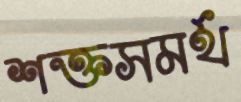
শক্তসমর্থ